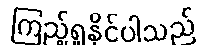
ကြည့်ရှုနိုင်ပါသည်